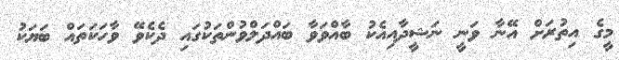
މީގެ އިތުރަށް އޭނާ ވަނީ ނަޝީދާއިއެކު ބާއްވަވާ ބައްދަލްވުންތަކުގައި ދެކެވޭ ވާހަކަތައް ބަޔަކު